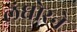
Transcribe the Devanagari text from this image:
लंघोरने